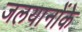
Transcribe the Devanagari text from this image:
जलयानोंके